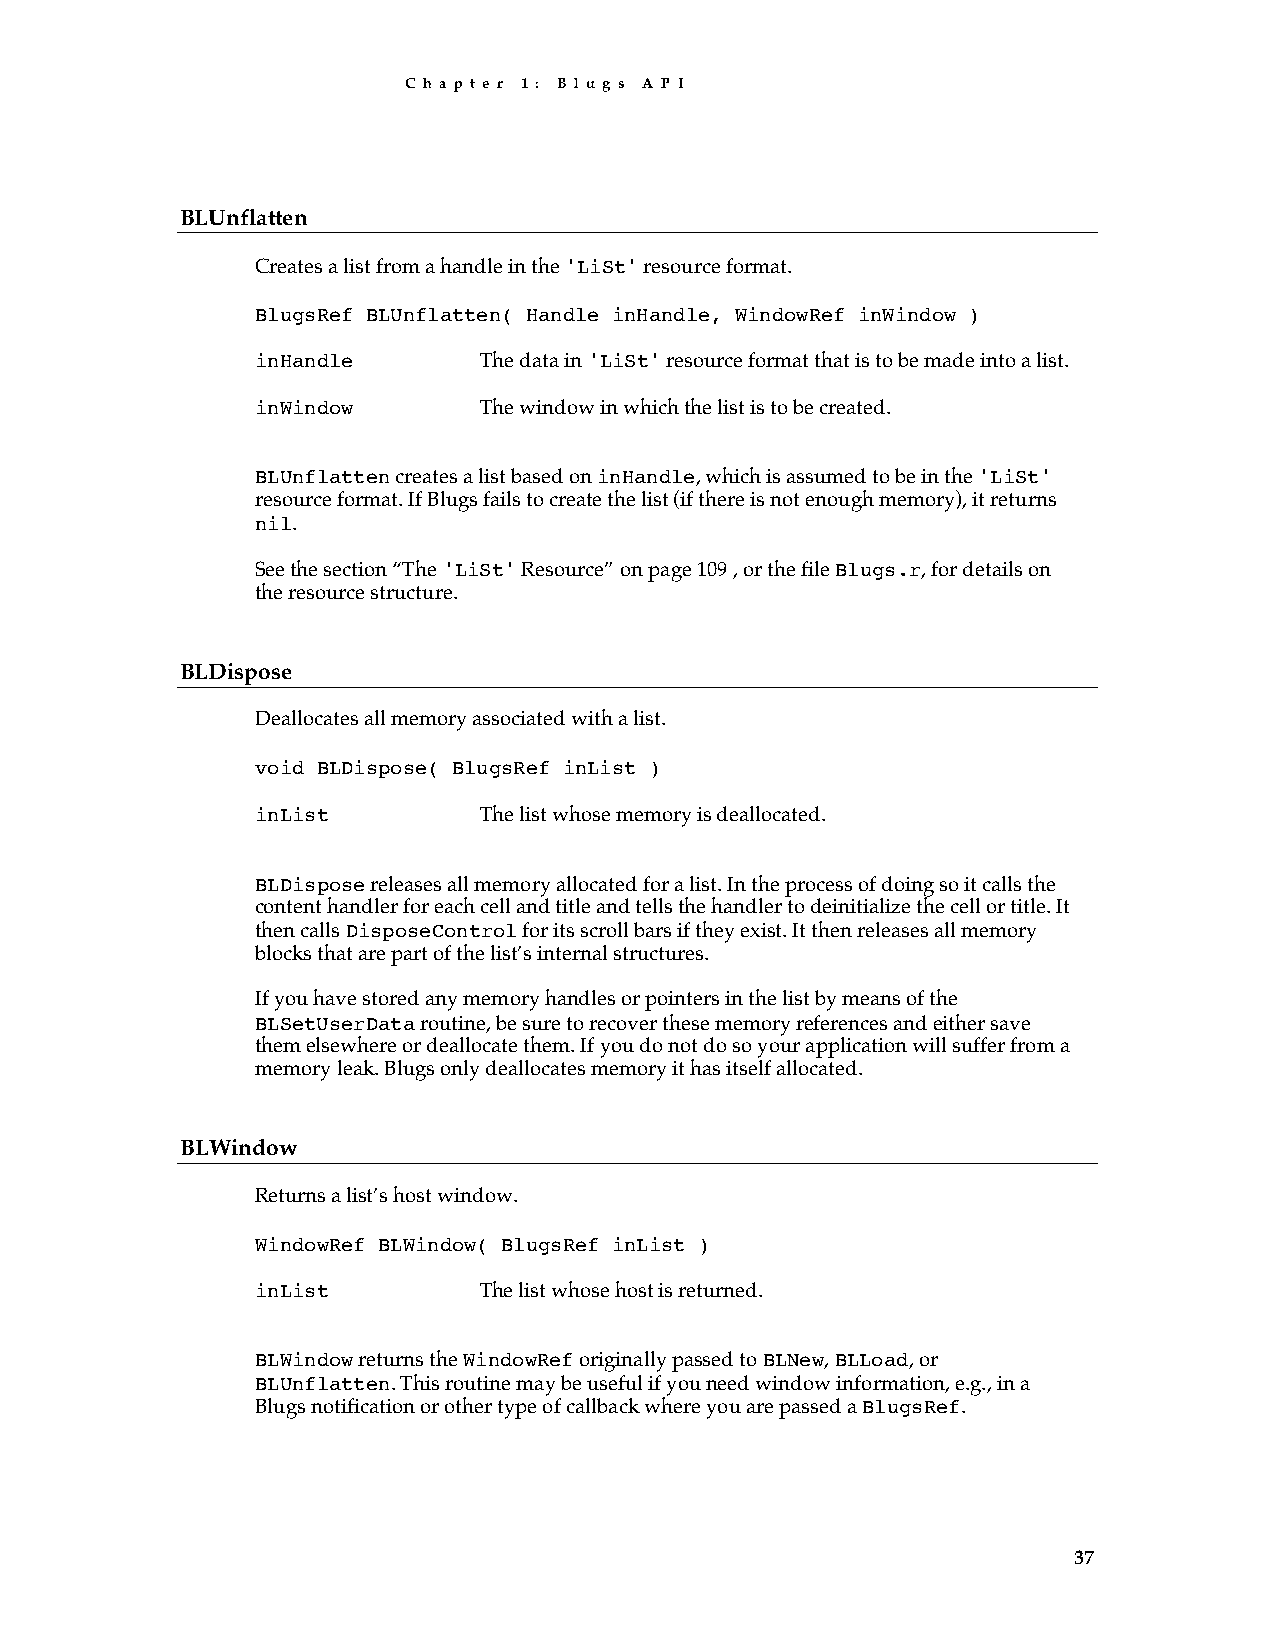
C h a p t e r 1 : B l u g s A P I
 BLUnflatten
 Creates a list from a handle in the 'LiSt' resource format.
 BlugsRef BLUnflatten( Handle inHandle, WindowRef inWindow )
 inHandle       The data in 'LiSt' resource format that is to be made into a list.
 inWindow       The window in which the list is to be created.
 BLUnflatten creates a list based on inHandle, which is assumed to be in the 'LiSt'
 resource format. If Blugs fails to create the list (if there is not enough memory), it returns
 nil.
 See the section “The 'LiSt' Resource” on page 109 , or the file Blugs.r, for details on
 the resource structure.
 BLDispose
 Deallocates all memory associated with a list.
 void BLDispose( BlugsRef inList )
 inList         The list whose memory is deallocated.
 BLDispose releases all memory allocated for a list. In the process of doing so it calls the
 content handler for each cell and title and tells the handler to deinitialize the cell or title. It
 then calls DisposeControl for its scroll bars if they exist. It then releases all memory
 blocks that are part of the list’s internal structures.
 If you have stored any memory handles or pointers in the list by means of the
 BLSetUserData routine, be sure to recover these memory references and either save
 them elsewhere or deallocate them. If you do not do so your application will suffer from a
 memory leak. Blugs only deallocates memory it has itself allocated.
 BLWindow
 Returns a list’s host window.
 WindowRef BLWindow( BlugsRef inList )
 inList         The list whose host is returned.
 BLWindow returns the WindowRef originally passed to BLNew, BLLoad, or
 BLUnflatten. This routine may be useful if you need window information, e.g., in a
 Blugs notification or other type of callback where you are passed a BlugsRef.
 37